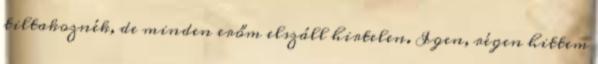
tiltakoznék, de minden erőm elszáll hirtelen. Igen, régen hittem